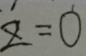
z = 0